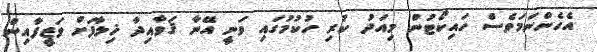
އެހެންނަމަވެސް ހައިކޯޓުން މިއަދު ކުރި ހުކުމުގައި ވަނީ އޭނާ ޤަވާއިދާ ޚިލާފަށް ވަޒީފާއިން